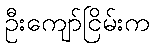
ဦးကျော်ငြိမ်းက